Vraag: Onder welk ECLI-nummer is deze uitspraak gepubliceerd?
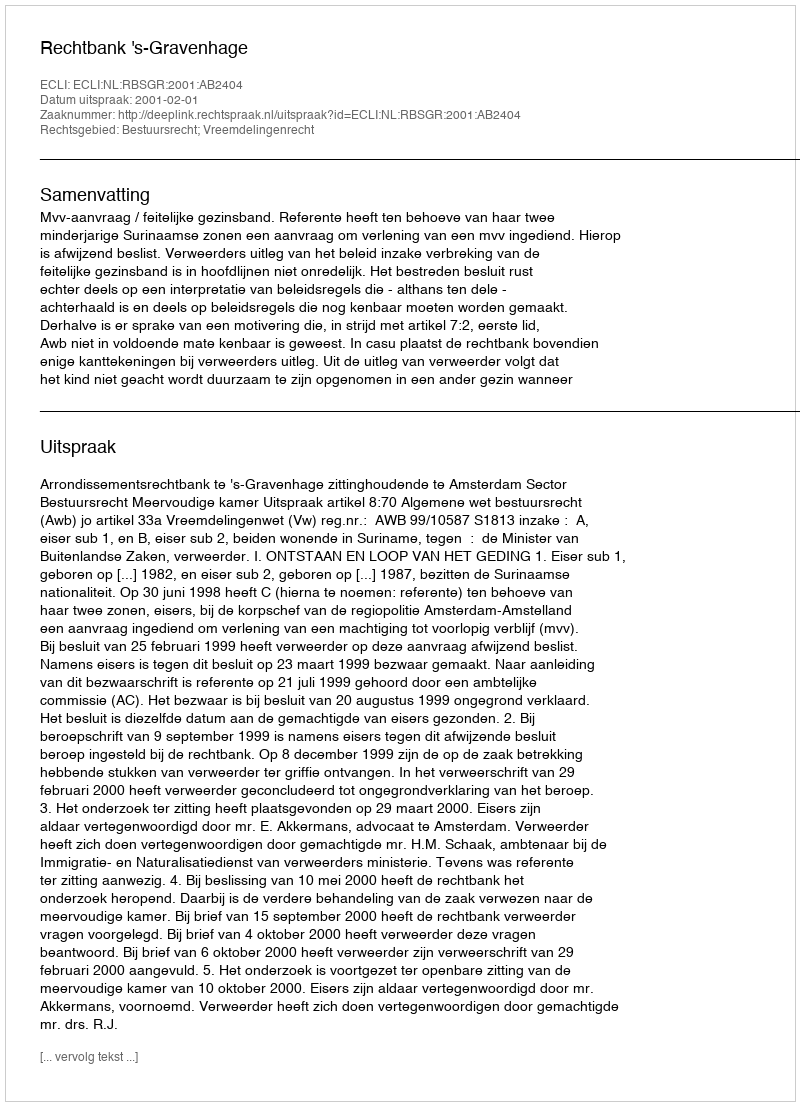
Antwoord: ECLI:NL:RBSGR:2001:AB2404